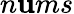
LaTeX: n\mathbf{u}ms